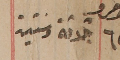
نومرو ٦٣ ثلاثة وستين